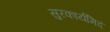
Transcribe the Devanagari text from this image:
सुरकार्यमिदं